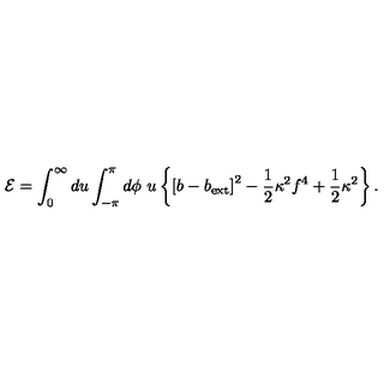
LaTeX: { \cal E } = \int _ { 0 } ^ { \infty } d u \int _ { - \pi } ^ { \pi } d \phi \ u \left\{ \left[ b - b _ { \mathrm { e x t } } \right] ^ { 2 } - \frac { 1 } { 2 } \kappa ^ { 2 } f ^ { 4 } + \frac { 1 } { 2 } \kappa ^ { 2 } \right\} .